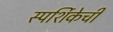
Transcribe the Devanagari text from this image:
स्पर्शिकेची